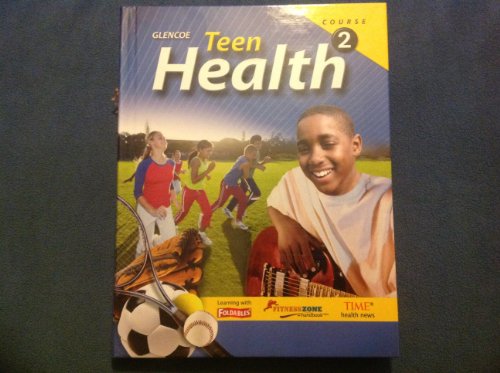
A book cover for Teen Health, Course 2 (Teacher Wraparound Edition); Cleary & Hubbard Bronson; Health, Fitness & Dieting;